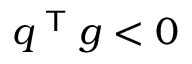
q ^ { \textsf { T } } g < 0